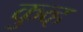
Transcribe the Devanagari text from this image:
कुव्ह